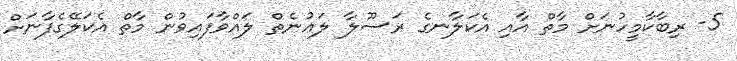
5- ރިބާކާމީހުނަށް މާތް އާއި އެކަލާނގެ ރަސޫލާ ލަޢުނެތް ލައްވާފައިވުން މާތް އެކަލޭގެފާނަށް